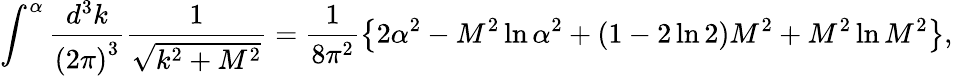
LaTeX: \int^{\alpha}\frac{d^{3}k}{{(2\pi)}^{3}}\frac{1}{\sqrt{k^{2}+M^{2}}}=\frac{1}{8\pi^{2}}\left\{ 2\alpha^{2}-M^{2}\ln\alpha^{2}+(1-2\ln 2)M^{2}+M^{2}\ln M^{2}\right\} ,